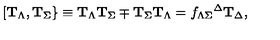
{ } [ { \bf T } _ { \Lambda } , { \bf T } _ { \Sigma } \} \equiv { \bf T } _ { \Lambda } { \bf T } _ { \Sigma } \mp { \bf T } _ { \Sigma } { \bf T } _ { \Lambda } = f _ { \Lambda \Sigma } { } ^ { \Delta } { \bf T } _ { \Delta } ,